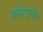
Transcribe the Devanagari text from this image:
खनिजातील